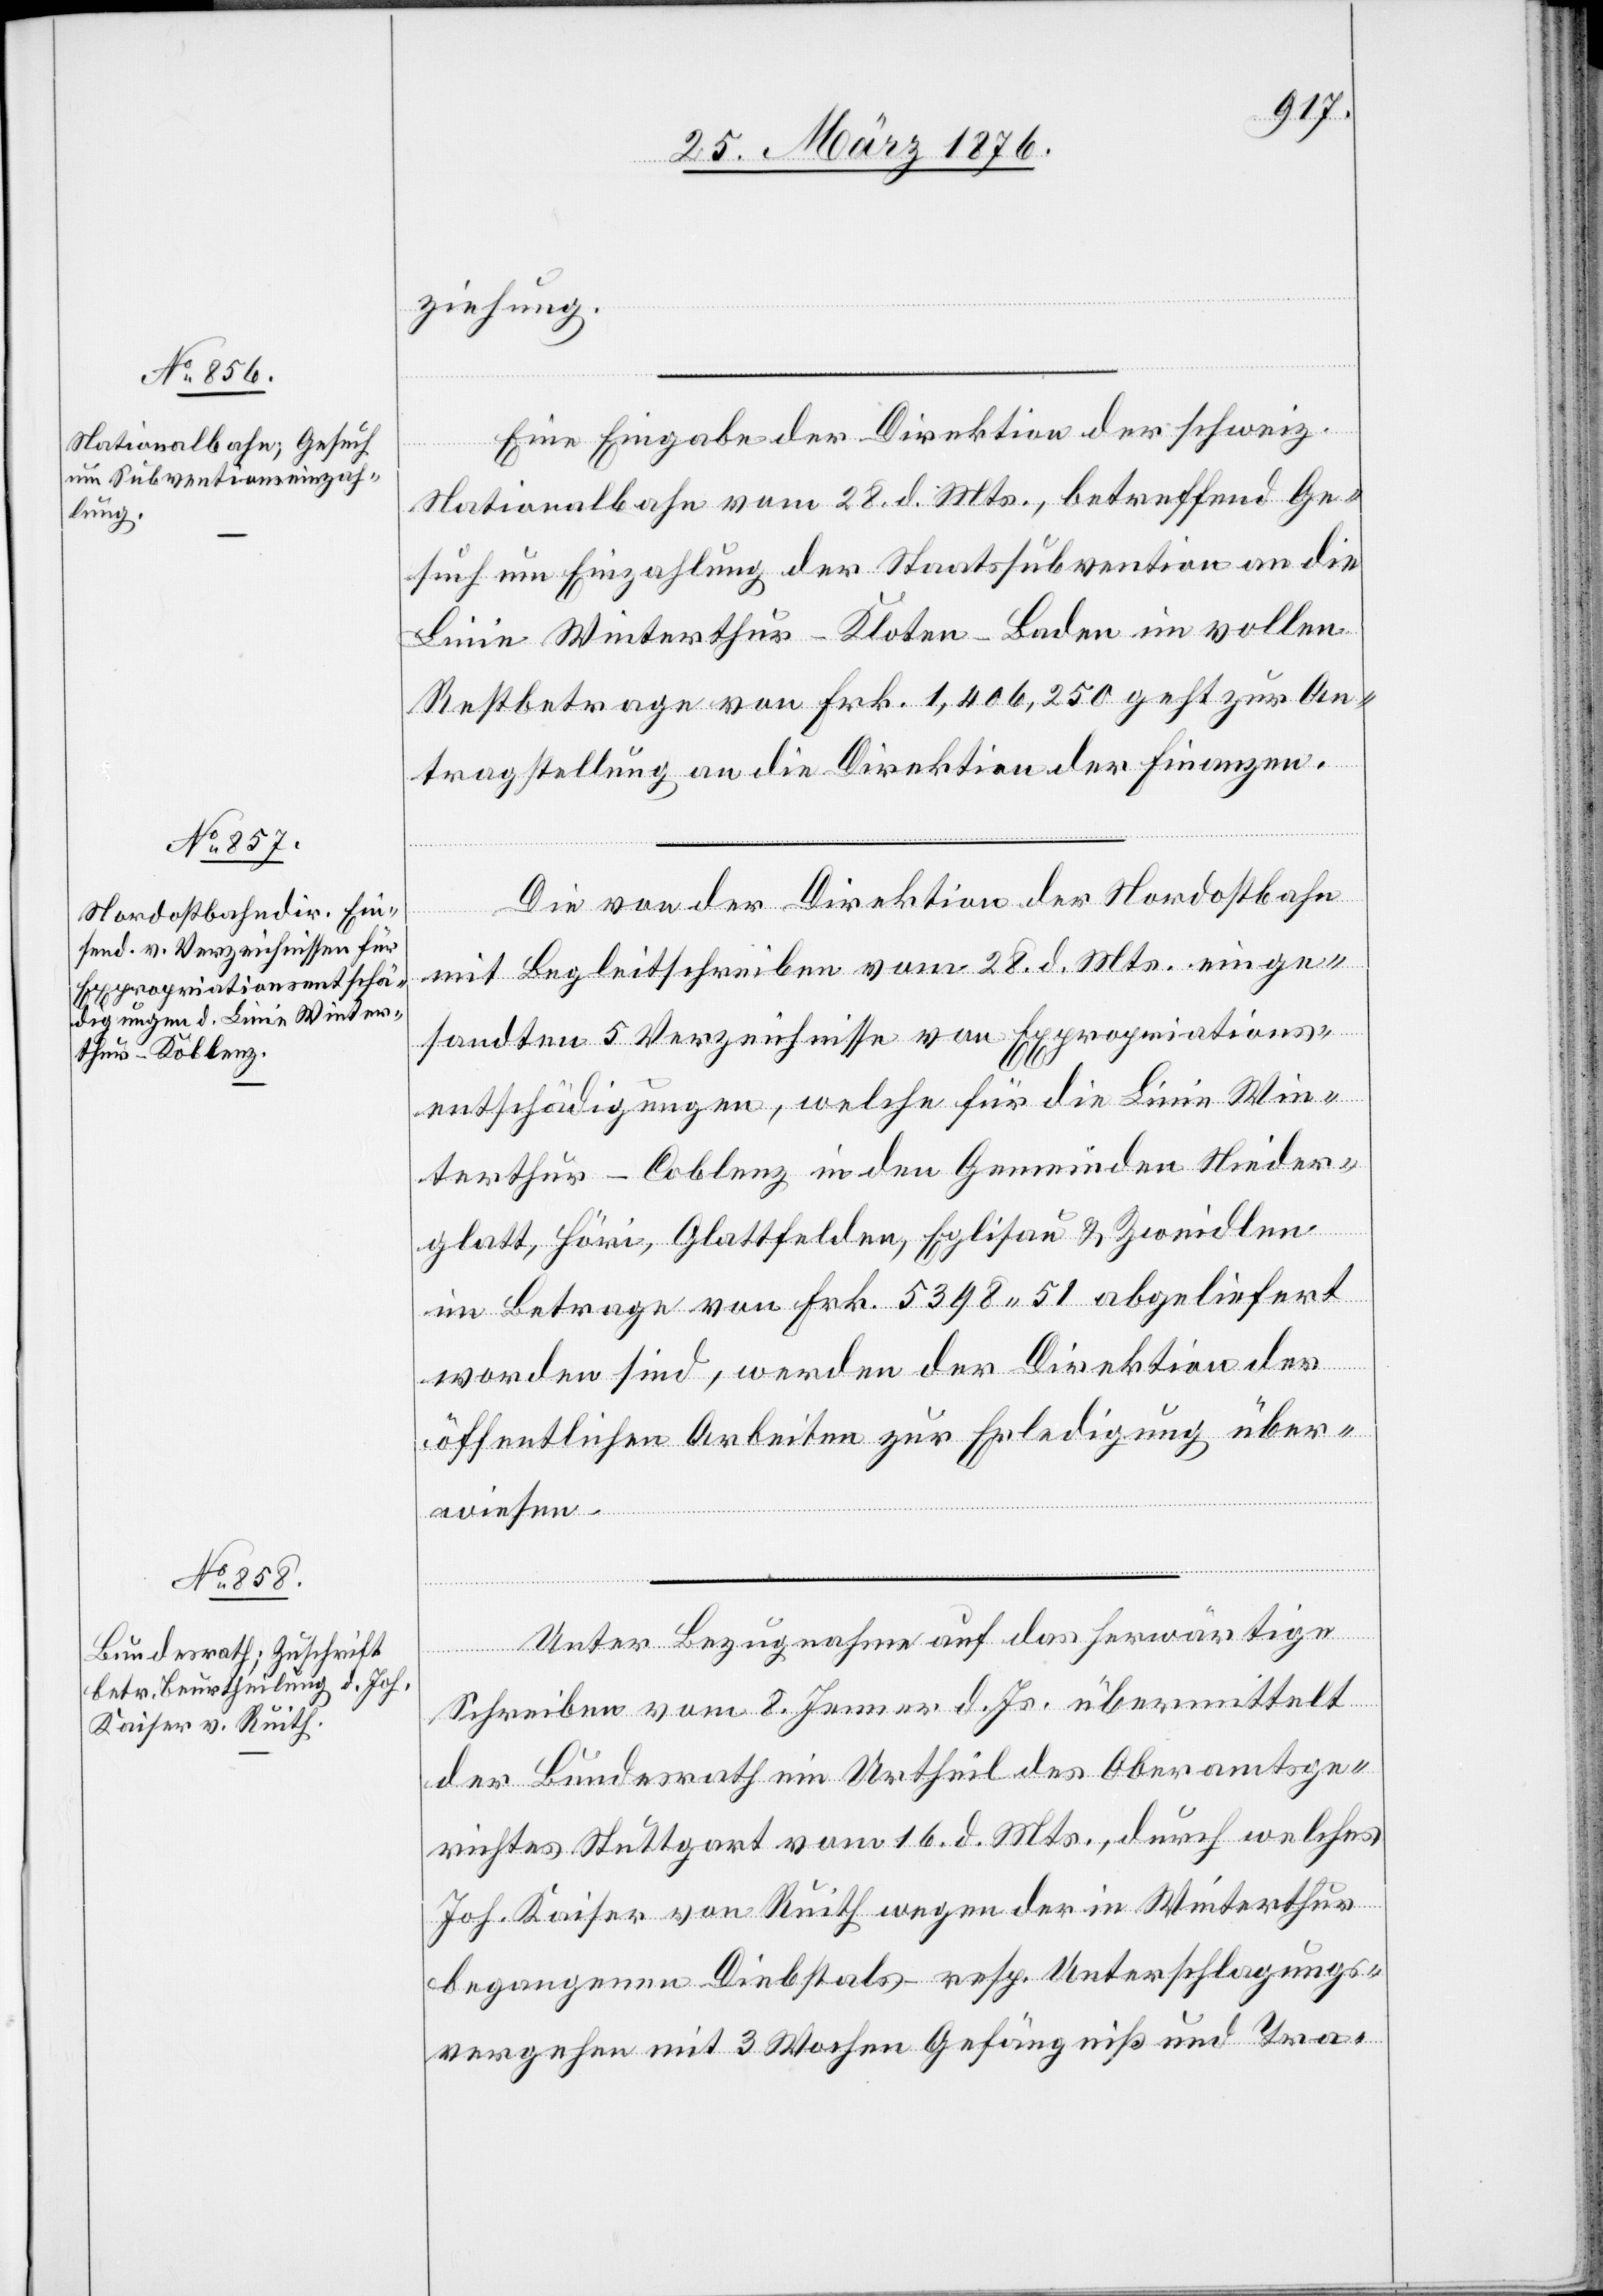
30. März 1876.]
ziehung.
Eine Eingabe der Direktion der schweiz.
Nationalbahn vom 28. d. Mts., betreffend Ge¬
such um Einzahlung der Staatssubvention an die
Linie Winterthur–Kloten–Baden im vollen
Restbetrage von Frk. 1,406,250 geht zur An¬
tragstellung an die Direktion der Finanzen.
Die von der Direktion der Nordostbahn
mit Begleitschreiben vom 28. d. Mts. einge¬
sandten 5 Verzeichnisse von Expropriations¬
entschädigungen, welche für die Linie Win¬
terthur–Koblenz in den Gemeinden Nieder¬
glatt, Höri, Glattfelden, Eglisau & Zweidlen
im Betrage von Frk. 5398 51 abgeliefert
worden sind, werden der Direktion der
öffentlichen Arbeiten zur Erledigung über¬
wiesen.
Unter Bezugnahme auf das herwärtige
Schreiben vom 8. Jenner d. Js. übermittelt
der Bundesrath ein Urteil des Oberamtsge¬
richtes Stuttgart vom 16. d. Mts., durch welches
Joh. Kaiser von Ruith wegen der in Winterthur
begangenen Diebstals- resp. Unterschlagungs¬
vergehen mit 3 Wochen Gefängniß und Tra-